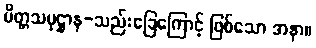
ပိတ္တသမုဋ္ဌာန-သည်းခြေကြောင့် ဖြစ်သော အနာ။